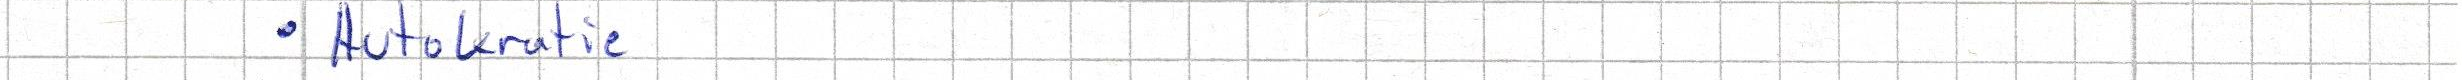
- Autokratie